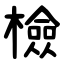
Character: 檢